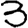
Digit: 3